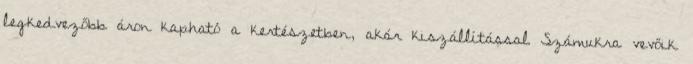
legkedvezőbb áron kapható a kertészetben, akár kiszállítással Számukra vevőik